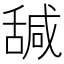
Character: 𦧩